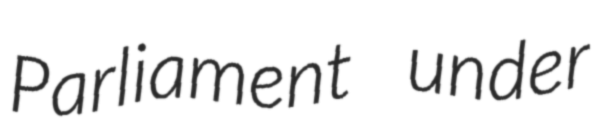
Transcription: Parliament under